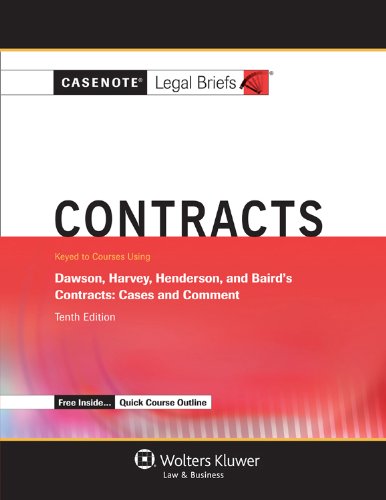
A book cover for Casenote Legal Briefs: Contracts, Keyed to Dawson, Harvey, Henderson and Baird, Tenth Edition; Casenote Legal Briefs; Law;